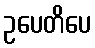
ဥပေတိပေ